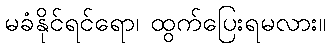
မခံနိုင်ရင်ရော၊ ထွက်ပြေးရမလား။